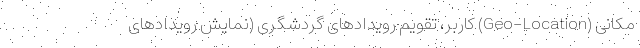
مکانی (Geo-Location) کاربر، تقویم رویدادهای گردشگری (نمایش رویدادهای